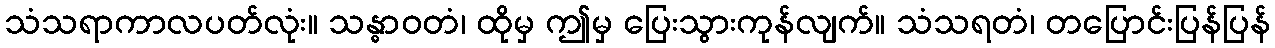
သံသရာကာလပတ်လုံး။ သန္ဓာဝတံ၊ ထိုမှ ဤမှ ပြေးသွားကုန်လျက်။ သံသရတံ၊ တပြောင်းပြန်ပြန်